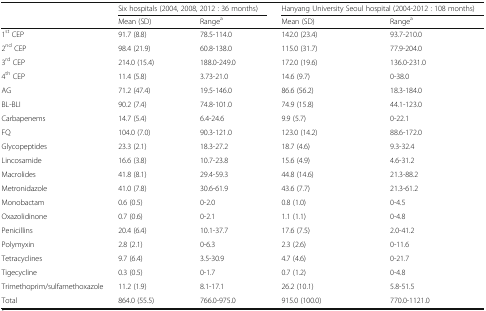
<table><thead><tr><td rowspan="2"></td><td colspan="2"><b>Six hospitals (2004, 2008, 2012 : 36 months)</b></td><td colspan="2"><b>Hanyang University Seoul hospital (2004-2012 : 108 months)</b></td></tr><tr><td><b>Mean (SD)</b></td><td><b>Range<sup>a</sup></b></td><td><b>Mean (SD)</b></td><td><b>Range<sup>a</sup></b></td></tr></thead><tbody><tr><td>1<sup>st</sup> CEP</td><td>91.7 (8.8)</td><td>78.5-114.0</td><td>142.0 (23.4)</td><td>93.7-210.0</td></tr><tr><td>2<sup>nd</sup> CEP</td><td>98.4 (21.9)</td><td>60.8-138.0</td><td>115.0 (31.7)</td><td>77.9-204.0</td></tr><tr><td>3<sup>rd</sup> CEP</td><td>214.0 (15.4)</td><td>188.0-249.0</td><td>172.0 (19.6)</td><td>136.0-231.0</td></tr><tr><td>4<sup>th</sup> CEP</td><td>11.4 (5.8)</td><td>3.73-21.0</td><td>14.6 (9.7)</td><td>0-38.0</td></tr><tr><td>AG</td><td>71.2 (47.4)</td><td>19.5-146.0</td><td>86.6 (56.2)</td><td>18.3-184.0</td></tr><tr><td>BL-BLI</td><td>90.2 (7.4)</td><td>74.8-101.0</td><td>74.9 (15.8)</td><td>44.1-123.0</td></tr><tr><td>Carbapenems</td><td>14.7 (5.4)</td><td>6.4-24.6</td><td>9.9 (5.7)</td><td>0-22.1</td></tr><tr><td>FQ</td><td>104.0 (7.0)</td><td>90.3-121.0</td><td>123.0 (14.2)</td><td>88.6-172.0</td></tr><tr><td>Glycopeptides</td><td>23.3 (2.1)</td><td>18.3-27.2</td><td>18.7 (4.6)</td><td>9.3-32.4</td></tr><tr><td>Lincosamide</td><td>16.6 (3.8)</td><td>10.7-23.8</td><td>15.6 (4.9)</td><td>4.6-31.2</td></tr><tr><td>Macrolides</td><td>41.8 (8.1)</td><td>29.4-59.3</td><td>44.8 (14.6)</td><td>21.3-88.2</td></tr><tr><td>Metronidazole</td><td>41.0 (7.8)</td><td>30.6-61.9</td><td>43.6 (7.7)</td><td>21.3-61.2</td></tr><tr><td>Monobactam</td><td>0.6 (0.5)</td><td>0-2.0</td><td>0.8 (1.0)</td><td>0-4.5</td></tr><tr><td>Oxazolidinone</td><td>0.7 (0.6)</td><td>0-2.1</td><td>1.1 (1.1)</td><td>0-4.8</td></tr><tr><td>Penicillins</td><td>20.4 (6.4)</td><td>10.1-37.7</td><td>17.6 (7.5)</td><td>2.0-41.2</td></tr><tr><td>Polymyxin</td><td>2.8 (2.1)</td><td>0-6.3</td><td>2.3 (2.6)</td><td>0-11.6</td></tr><tr><td>Tetracyclines</td><td>9.7 (6.4)</td><td>3.5-30.9</td><td>4.7 (4.6)</td><td>0-21.7</td></tr><tr><td>Tigecycline</td><td>0.3 (0.5)</td><td>0-1.7</td><td>0.7 (1.2)</td><td>0-4.8</td></tr><tr><td>Trimethoprim/sulfamethoxazole</td><td>11.2 (1.9)</td><td>8.1-17.1</td><td>26.2 (10.1)</td><td>5.8-51.5</td></tr><tr><td>Total</td><td>864.0 (55.5)</td><td>766.0-975.0</td><td>915.0 (100.0)</td><td>770.0-1121.0</td></tr></tbody></table>